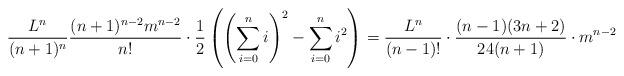
LaTeX: \begin{align*}\frac{L^n}{(n+1)^n}\frac{(n+1)^{n-2}m^{n-2}}{n!}\cdot \frac{1}{2}\left(\left(\sum_{i=0}^ni\right)^2-\sum_{i=0}^n i^2\right)&=\frac{L^n}{(n-1)!}\cdot\frac{(n-1)(3n+2)}{24(n+1)}\cdot m^{n-2}\end{align*}